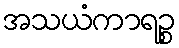
အသယံကာရဉ္စ